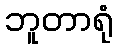
ဘူတာရုံ